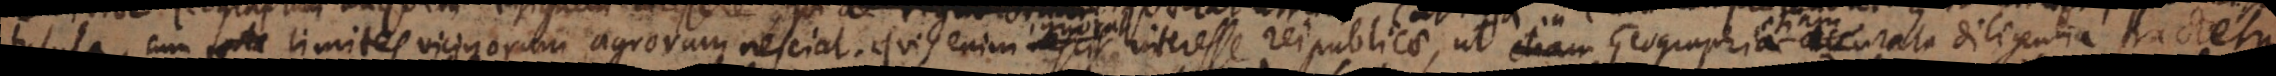
insula, cum forte limites vicinorum agrorum nesciat. Quis enim nescit interesse reipublicae, ut Geographia etiam accurata diligentia tractetur